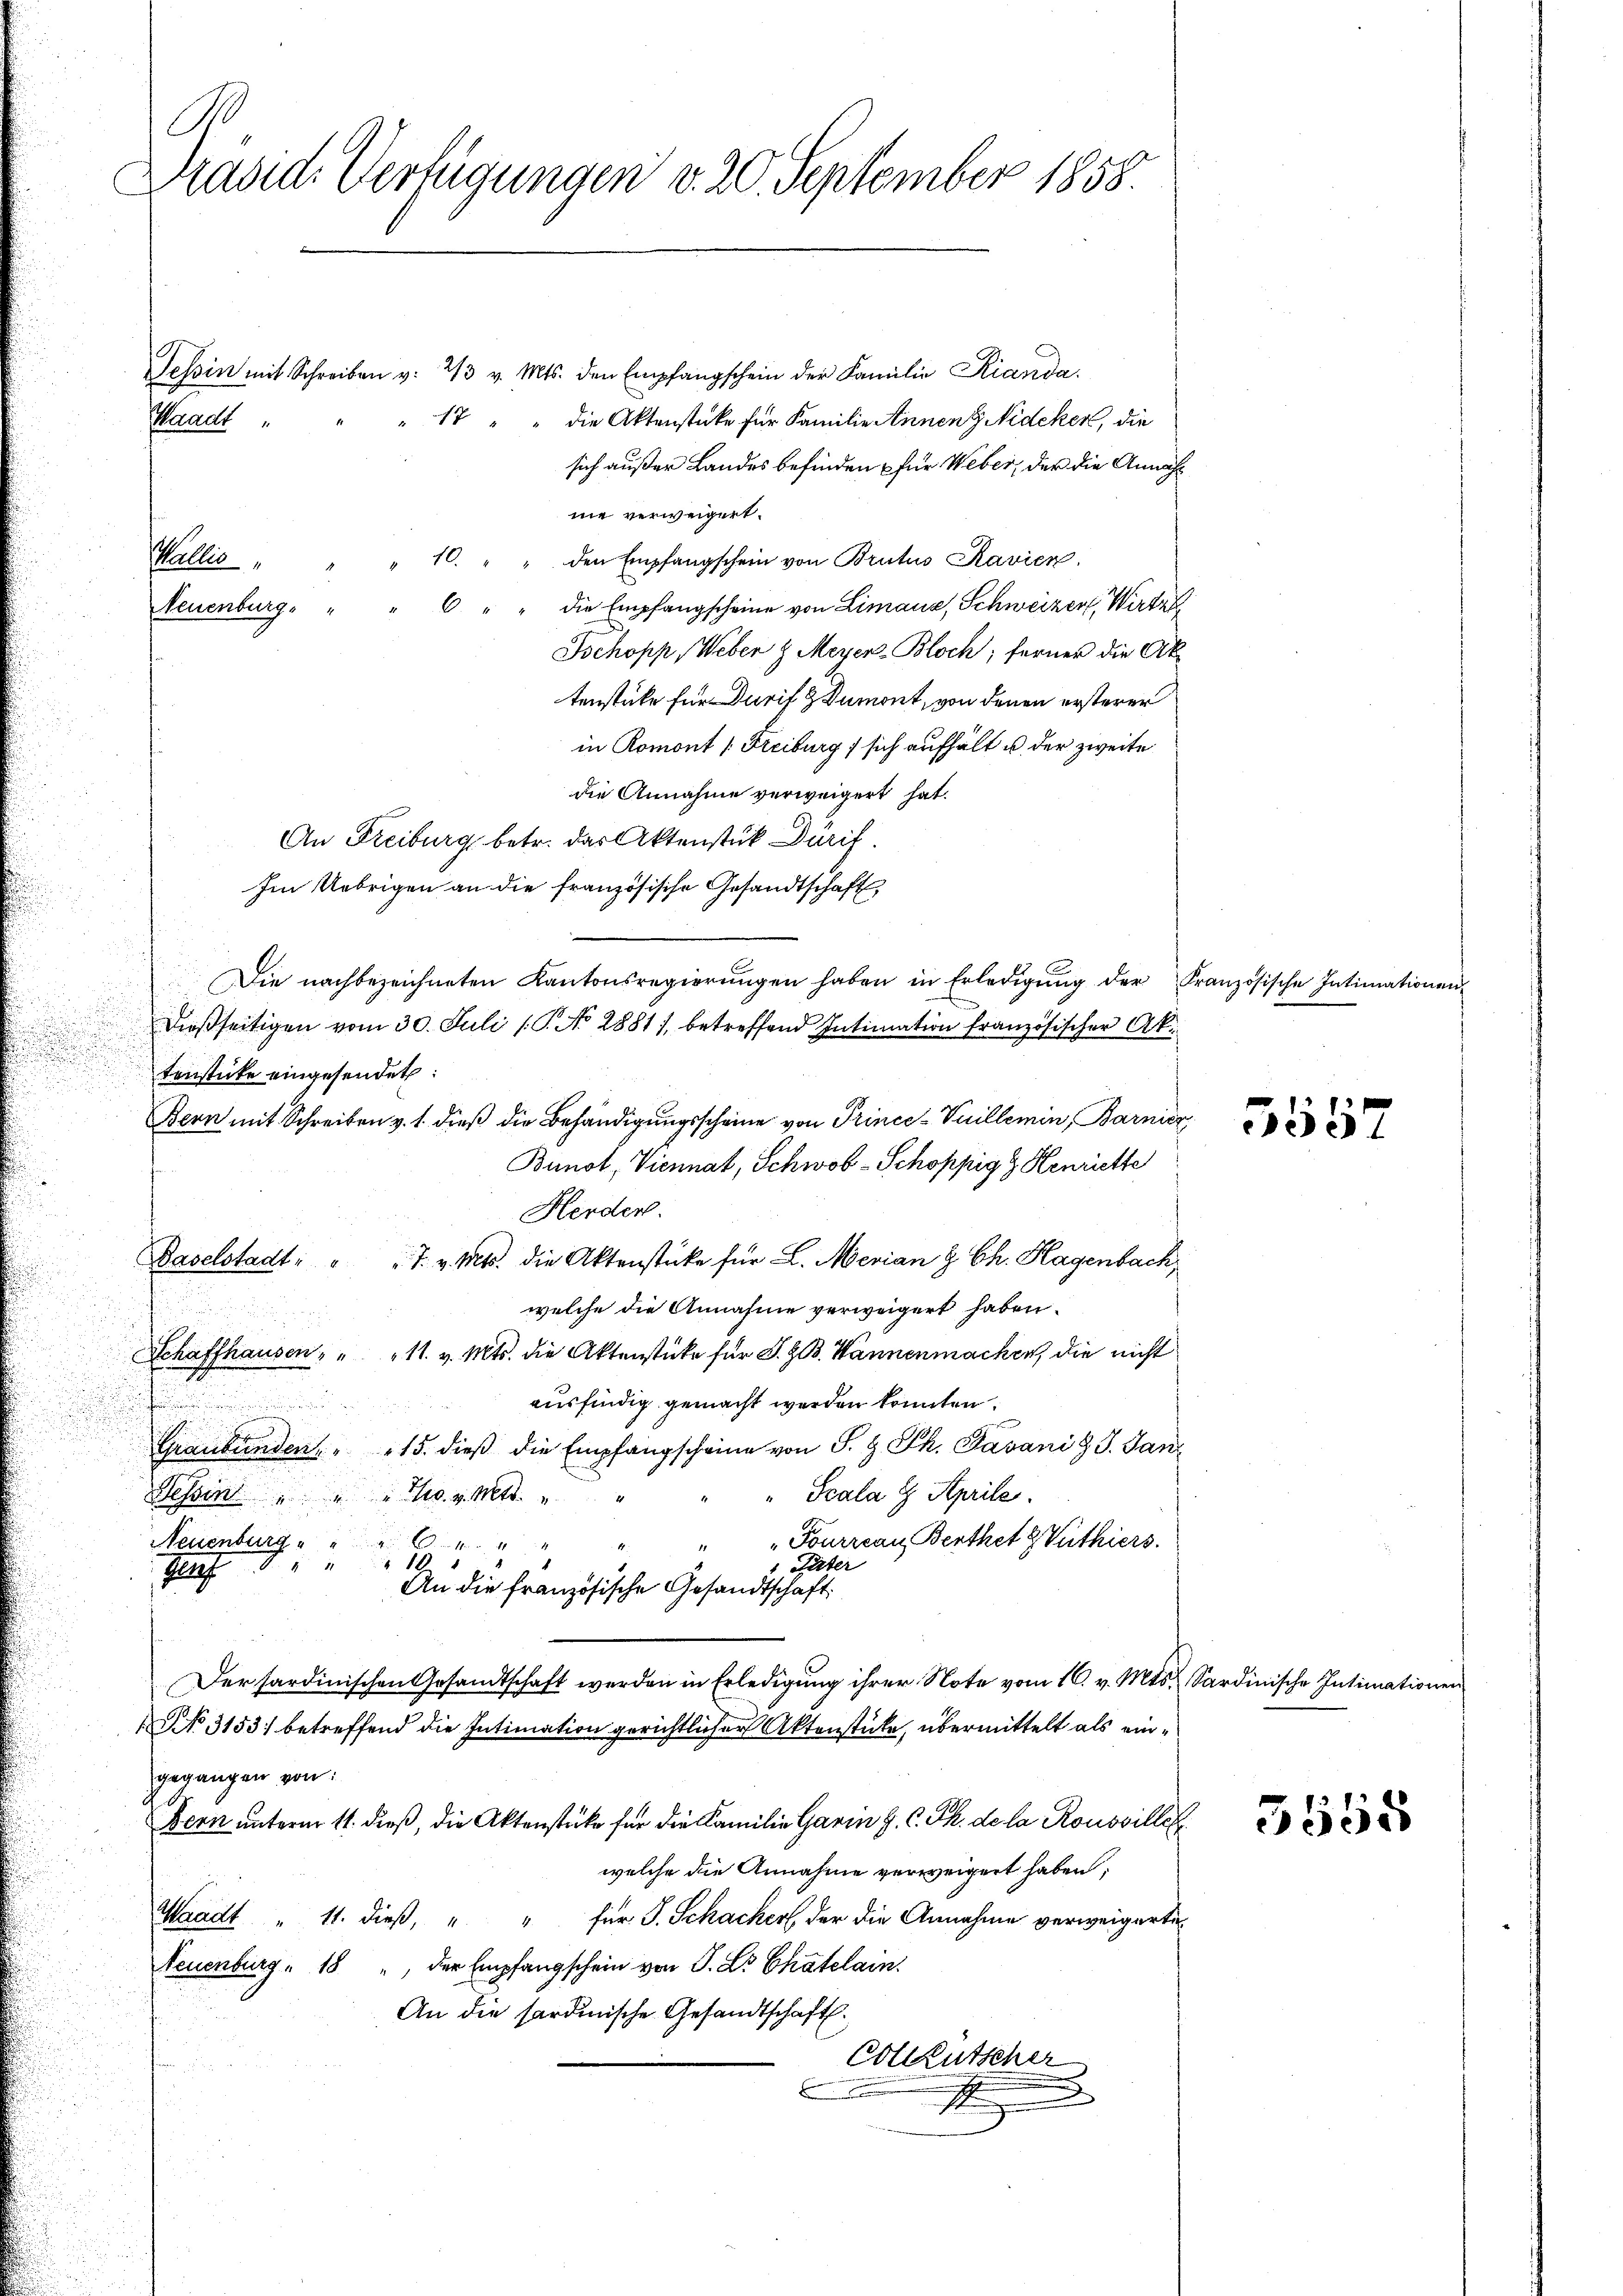
1
Präsid. Verfügungen v. 20. September 1858

Tessin mit Schreiben v. 213 v. Mts. den Empfangschein der Familie Rianda
die Aktenstüke für Familie Annenz Nideker, die
sich außer Landes befinden für Weber, der die Annahnie verweigert.
" 10. " " den Empfangschein von Brutus Ravier
Wallis
die Empfangscheine von Limaus, Schweizer, Wirter
6.
Neuenburg, "
Schopp, Weber z Meyer-Bloch; ferner die Ak
tenstüke für Durif & Dumont, von denen ersterer
in Romont (Freiburg / sich aufhält u. der zweite
die Annahme verweigert hat.
An Freiburg betr. das Aktenstük Dürif.
Im Uebrigen an die französische Gesandtschaft
Die nachbezeichneten Kantonsregierungen haben in Erledigung der
dießseitigen vom 30. Juli 1. No 2881/, betreffend Intimation französischer Ak
tenstücke eingesendet:
Bern mit Schreiben v. 1. dieß die Behändigungsscheine von Prince-Vuillemin, Barnicz
Bunot, Viennat, Schwob-Schoppig & Henriette
Herden.
Baselstadt: " " 7. v. Mts. die Aktenstücke für L. Merian & Ch. Hagenbach,
welche die Annahme verweigert haben.
Schaffhausen, " " 11. v. Mts. die Aktenstücke für S. ZB. Wannenmachen, die nicht
ausfindig gemacht werden konnten.
n
Graubünden. " " 15. dieβ die Empfangscheine von S. z. Th. Tavani d. J. Jan
Scala 8. Aprile.
Tessin " " " Cts. v. Mtt.
Fourrcan Berthet & Vuthiers.
Neuenburg
2
10
Täter
Nach d
An die französische Gesandtschaft:
Der sardinischen Gesandtschaft werden in Erledigung ihrer Note vom 16. v. Mts.
NNo. 3153) betreffend die Intimation gerichtlicher Aktenstücke, übermittelt als eingegangen von:
Bern unterm 11. dieß, die Aktenstücke für die Familie Garin H. C. Th. de la Ronovilles
welche die Annahme verweigert haben;
Waadt " 11. dieβ, " " für J. Schacher der die Annahme verweigerte
Neuenburg. 18 " der Empfangschein von P. Dr Chatelain.
An die sardinische Gesandtschaft.
Collkutscher
E

" 17
Waadt,

Französische Intimationen

555

Sardinische Intimationen

5555